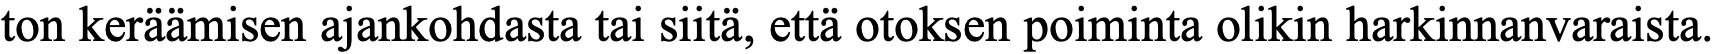
ton keräämisen ajankohdasta tai siitä, että otoksen poiminta olikin harkinnanvaraista.